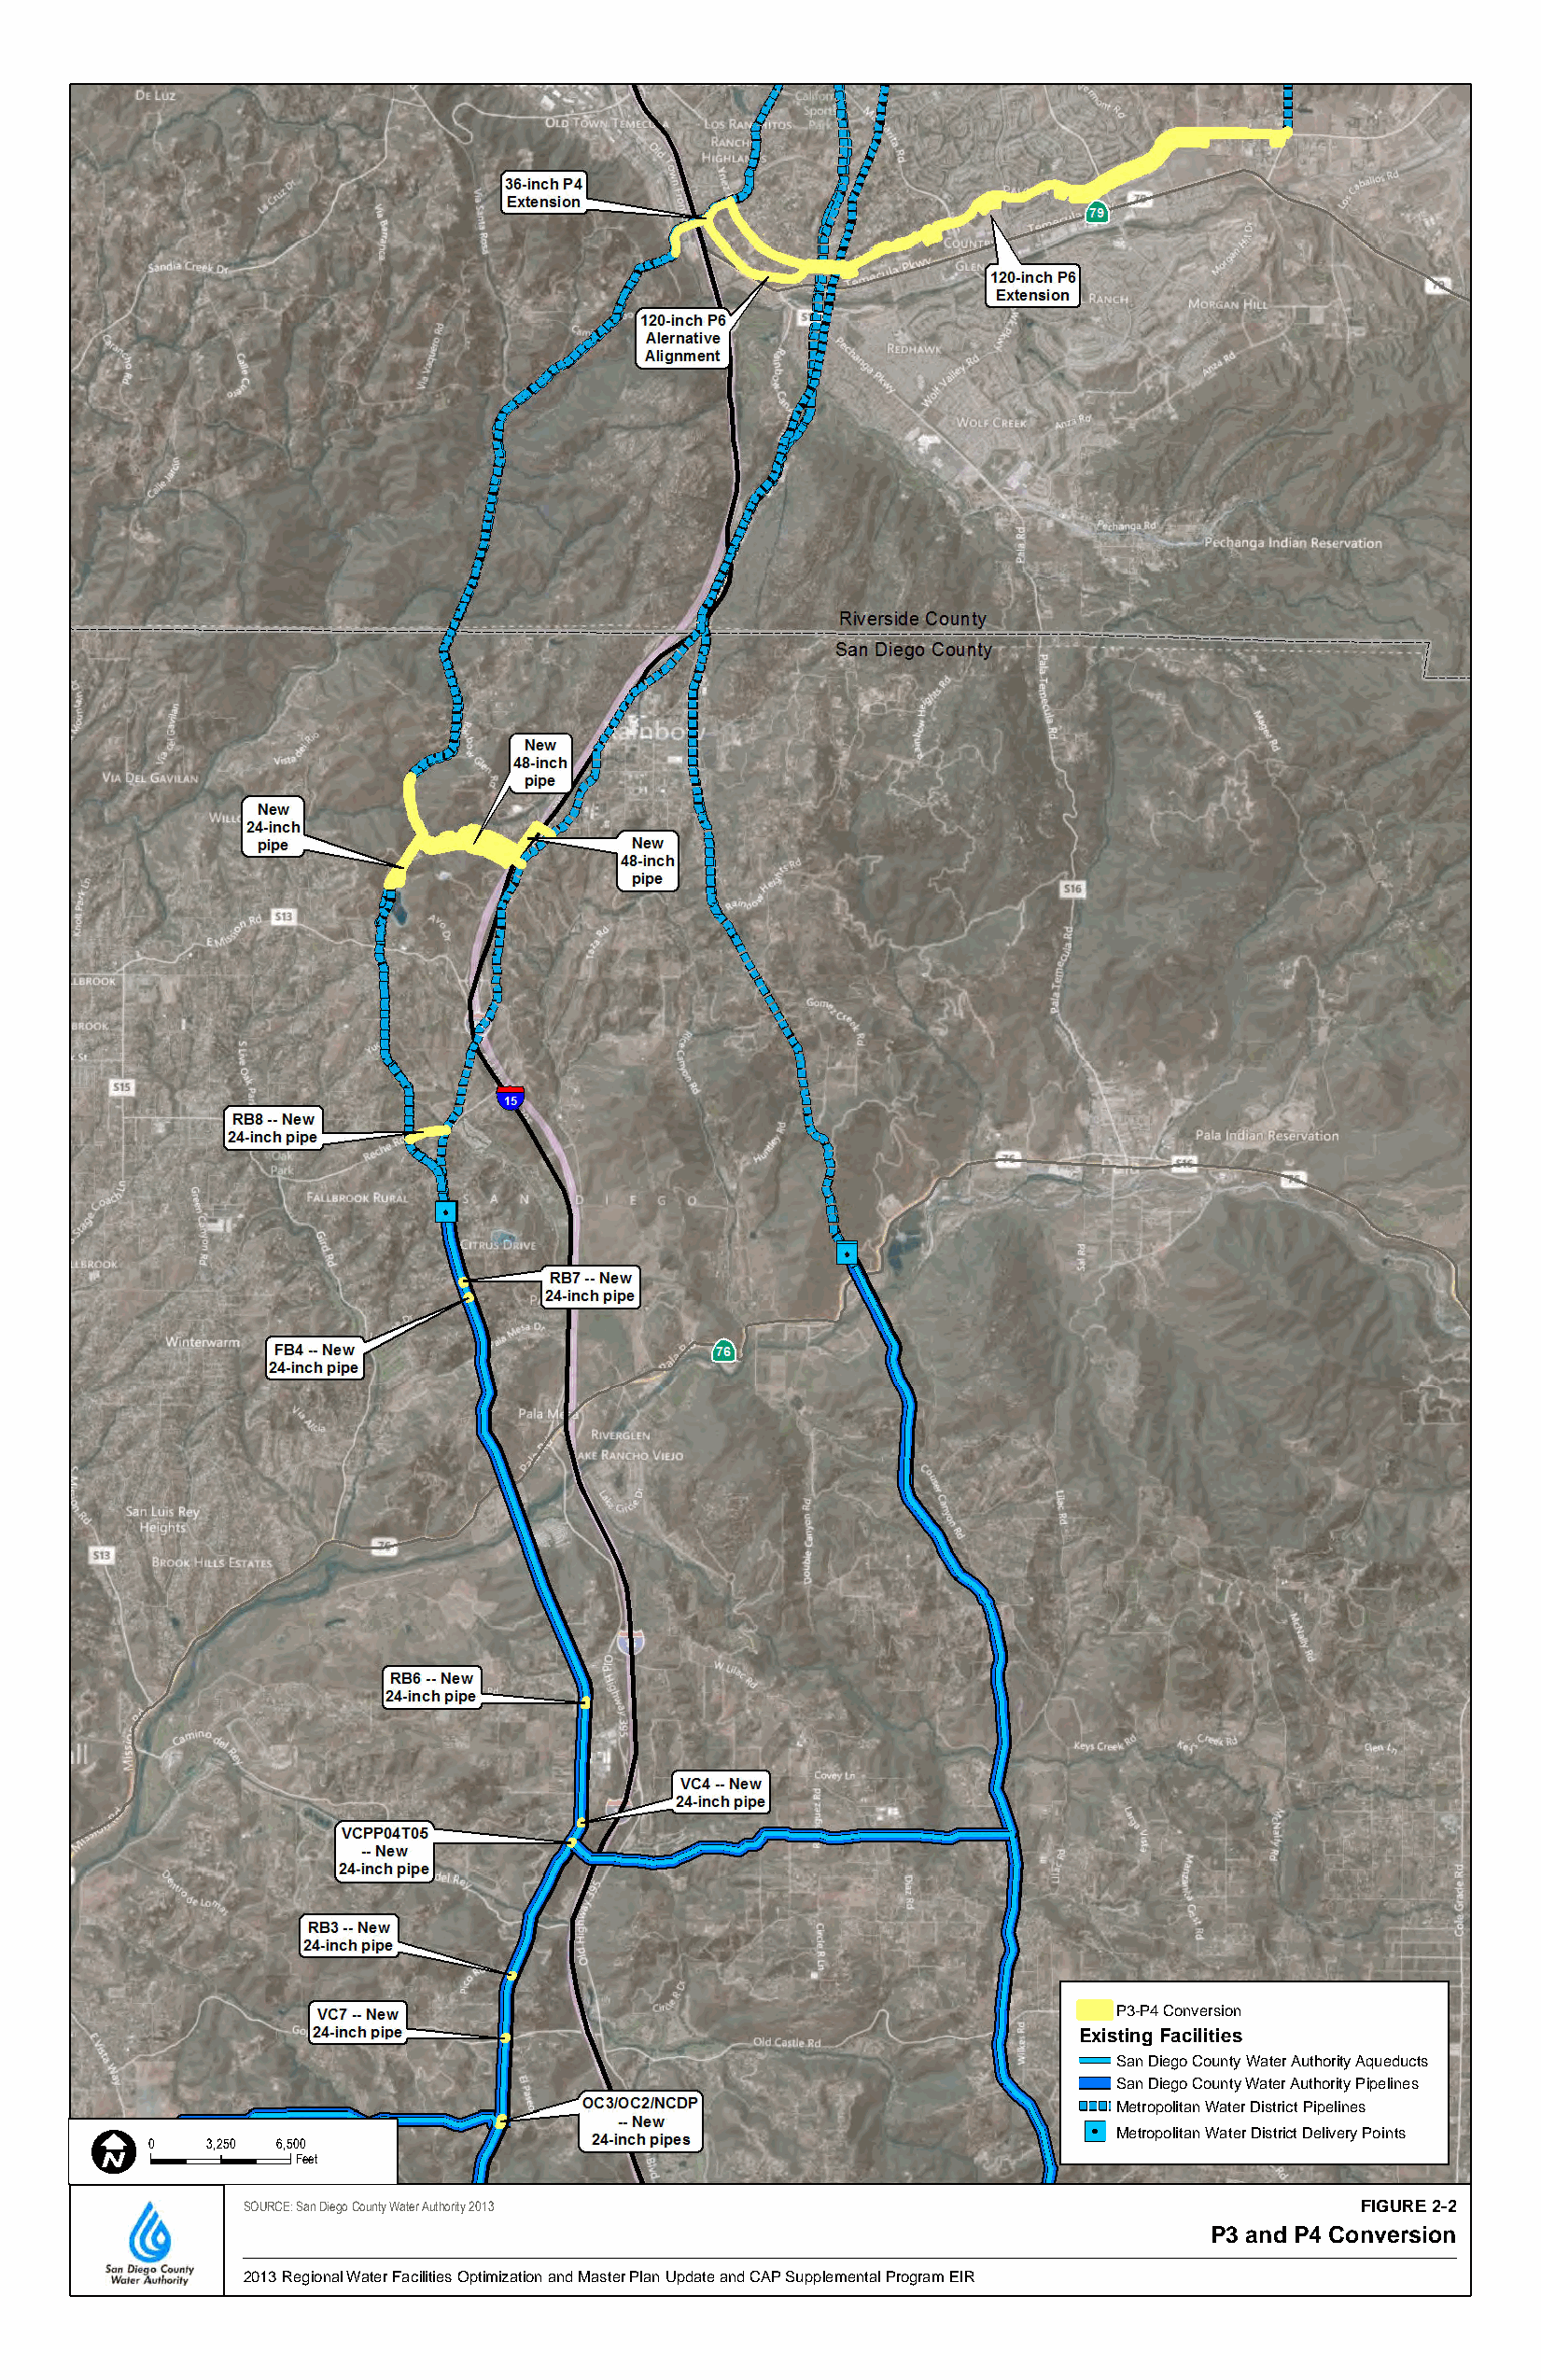
P3-P4 Conversion
 Existing Facilities
 San Diego County Water Authority Aqueducts
 San Diego County Water Authority Pipelines
 Metropolitan Water District Pipelines
 Metropolitan Water District Delivery Points
 0    3,250 6,500
 Feet
 SOURCE: San Diego County Water Authority 2013                                   FIGURE 2-2
 P3 and P4 Conversion
 2013 Regional Water Facilities Optimization and Master Plan Update and CAP Supplemental Program EIR DRAFT/FINAL